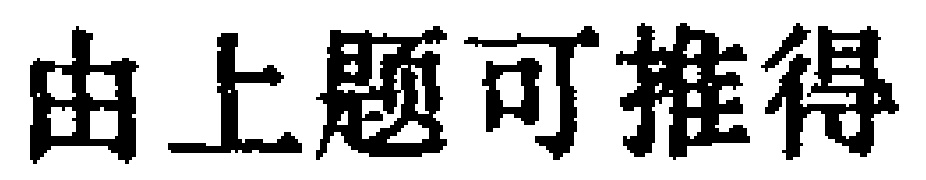
由上题可推得